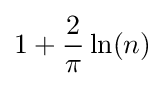
1+{\frac {2}{\pi }}\ln(n)